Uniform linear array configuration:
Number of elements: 64
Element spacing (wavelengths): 0.75
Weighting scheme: blackman
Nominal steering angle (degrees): -15
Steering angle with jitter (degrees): -16.713
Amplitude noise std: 0.05
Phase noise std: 0.05

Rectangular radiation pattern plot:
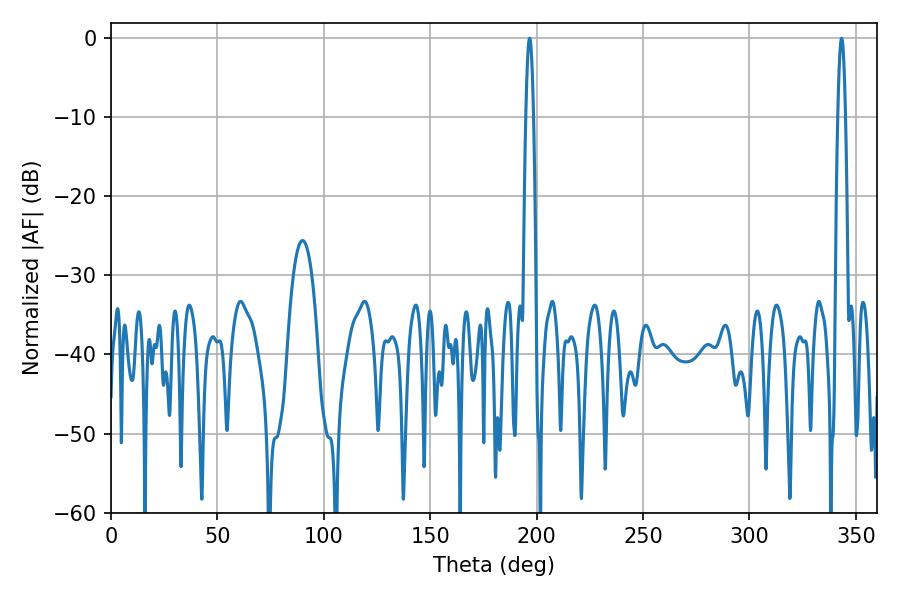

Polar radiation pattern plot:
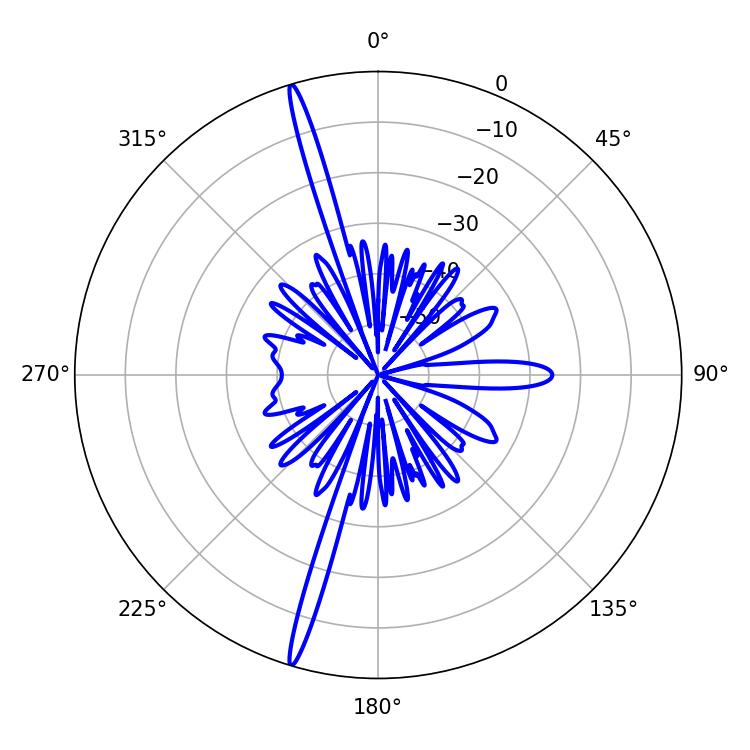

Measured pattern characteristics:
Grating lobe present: TRUE
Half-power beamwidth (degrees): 1.8
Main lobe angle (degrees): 196.74